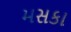
મસકા